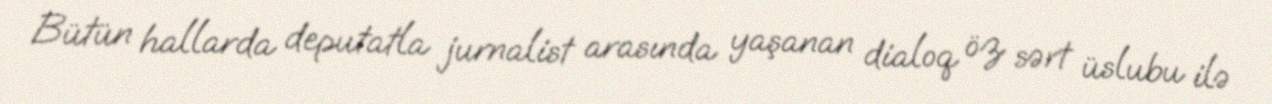
Bütün hallarda deputatla jurnalist arasında yaşanan dialoq öz sərt üslubu ilə